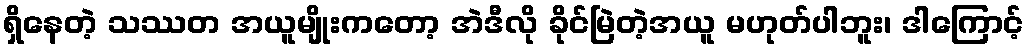
ရှိနေတဲ့ သဿတ အယူမျိုးကတော့ အဲဒီလို ခိုင်မြဲတဲ့အယူ မဟုတ်ပါဘူး၊ ဒါကြောင့်